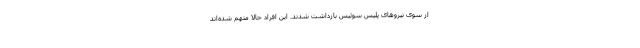
از سوی نیروهای پلیس سوئيس بازداشت شدند. این افراد حالا متهم شده‌اند